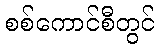
စစ်ကောင်စီတွင်